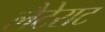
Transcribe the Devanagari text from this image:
लैटेराट